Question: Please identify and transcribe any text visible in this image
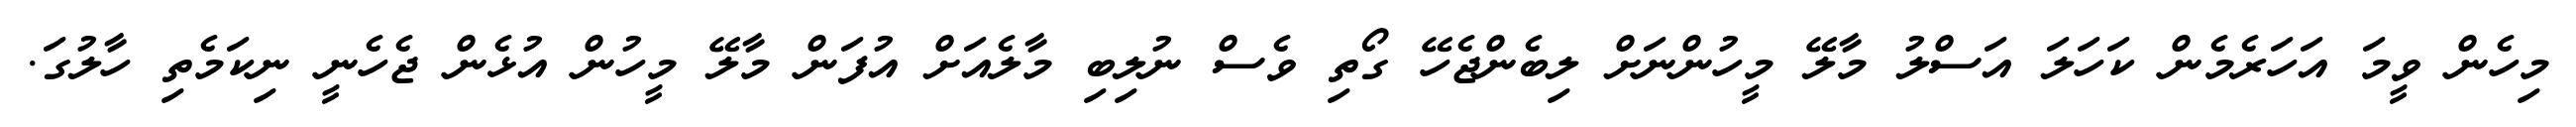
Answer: މިހެން ވީމަ އަހަރެމެން ކަހަލަ އަސްލު މާލޭ މީހުންނަށް ލިބެންޖެހޭ ގޯތި ވެސް ނުލިބި މާލެއަށް އުފަން މާލޭ މީހުން އުޅެން ޖެހެނީ ނިކަމެތި ހާލުގަ.